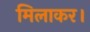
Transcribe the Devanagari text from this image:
मिलाकर।